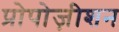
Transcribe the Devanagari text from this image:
प्रोपोज़ीशन